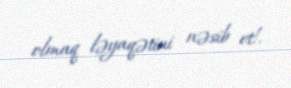
olmaq ləyaqətini nəsib et!.